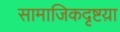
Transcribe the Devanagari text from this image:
सामाजिकदृष्टय़ा